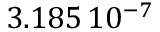
3 . 1 8 5 \, 1 0 ^ { - 7 }